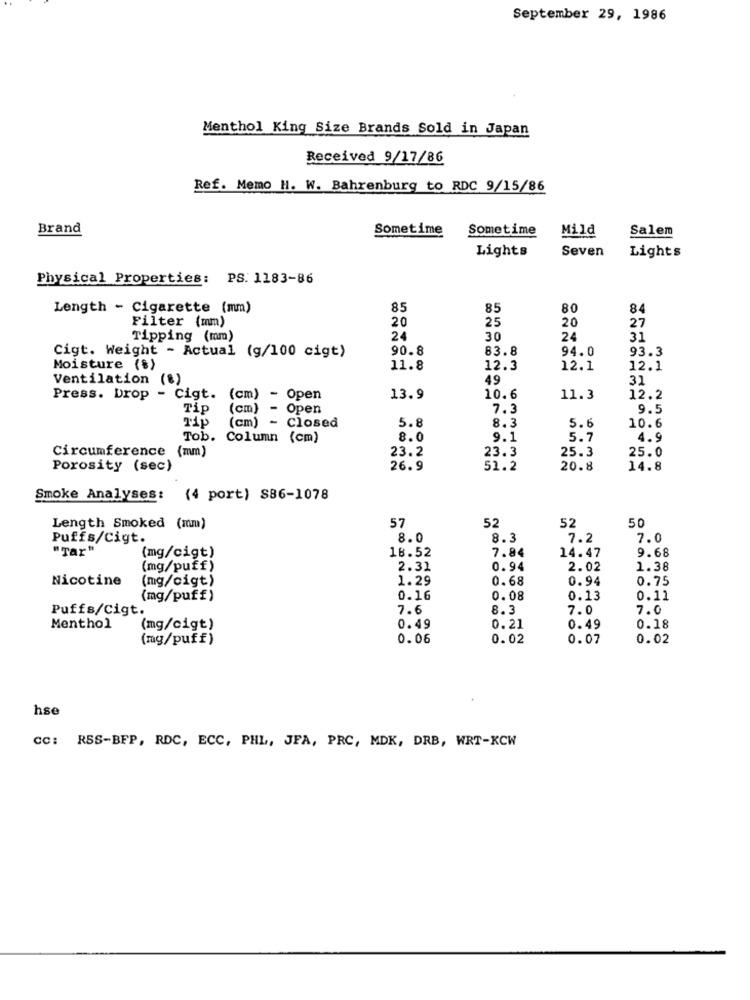
September 29, 1986
Menthol King Size Brands Sold in Japan
Received 9/17/86
Ref. Memo H. W. Bahrenburg to RDC 9/15/86
Brand
Sometime
Sometime
Mild
Salem
Lights
Seven
Lights
Physical Properties: PS. 1183-86
Length - Cigarette (mm)
85
85
80
84
Filter (mm)
20
25
20
27
Tipping (mm)
24
30
24
31
90.8
83.8
94.0
93.3
Cigt. Weight - Actual (g/100 cigt)
Moisture (%)
11.8
12.3
12.1
12.1
Ventilation (8)
49
31
Press. Drop - Cigt. (cm) - Open
13.9
10.6
11.3
12.2
Tip
(cm) - Open
7.3
9.5
Tip
5.8
(cm) - closed
8.3
5.6
10.6
Tob. Column (cm)
8.0
9.1
5.7
4.9
Circumference (mm)
23.2
23.3
25.3
25.0
Porosity (sec)
26.9
51.2
20.8
14.8
Smoke Analyses: (4 port) $86-1078
Length Smoked (mm)
57
52
52
50
Puffs/Cigt.
8.0
8.3
7.2
7.0
"Tar"
(mg/cigt)
18.52
7.84
9.68
14.47
(mg/puff)
2.31
0.94
2.02
1.38
Nicotine
(mg/cigt)
1.29
0.68
0.94
0.75
(mg/puff)
0.16
0.08
0.13
0.11
Puffs/Cigt.
7.6
8.3
7.0
7.0
Menthol
(mg/cigt)
0.49
0.21
0.49
0.18
(mg/puff)
0.06
0.02
0.07
0.02
hse
cc: RSS-BFP, RDC, ECC, PHL, JFA, PRC, MDK, DRB, WRT-KCW